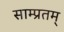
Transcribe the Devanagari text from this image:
साम्प्रतम्